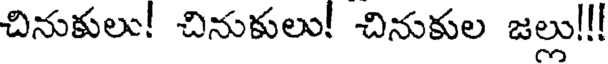
చినుకులు! చినుకులు! చినుకుల జల్లు!!!